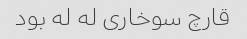
قارچ سوخاری له له بود